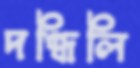
দগ্ধিলি